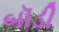
બૉડી